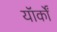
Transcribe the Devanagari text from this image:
यॉर्कों